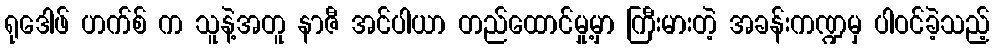
ရုဒေါဖ် ဟက်စ် က သူနဲ့အတူ နာဇီ အင်ပါယာ တည်ထောင်မှု့မှာ ကြီးမားတဲ့ အခန်းကဏ္ဍမှ ပါဝင်ခဲ့သည့်